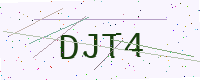
Text: DJT4